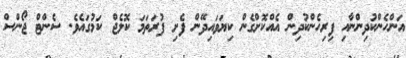
އަންހެންކުދިންނާއި ފިރިހެންކުދިން އެއްކޮށްގެން ކިޔަވައިދޭން ފެށި ފުރަތަމަ ކޮލެޖް ކަމުގައެވެ. ސެންޓް ޖޯންސް